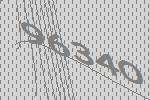
96340